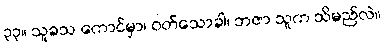
၃၃။ သူခသ ကောင်မှာ၊ ဝတ်သောခါ၊ ဘဇာ သူက သိမည်လဲ။